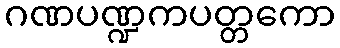
ဂဏပဏ္ဍကပတ္တကော